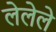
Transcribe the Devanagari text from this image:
लेलेले